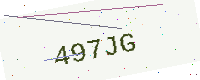
Text: 497JG